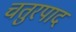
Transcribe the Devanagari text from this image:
चतुरपाद